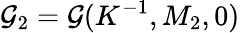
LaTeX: \mathcal{G}_{2}=\mathcal{G}(K^{-1},M_{2},0)